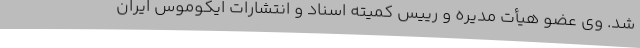
شد. وی عضو هیأت مدیره و رییس کمیته اسناد و انتشارات ایکوموس ایران